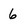
Character: 6